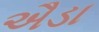
ઐડા